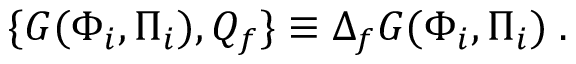
\{ G ( \Phi _ { i } , \Pi _ { i } ) , Q _ { f } \} \equiv \Delta _ { f } G ( \Phi _ { i } , \Pi _ { i } ) \; .